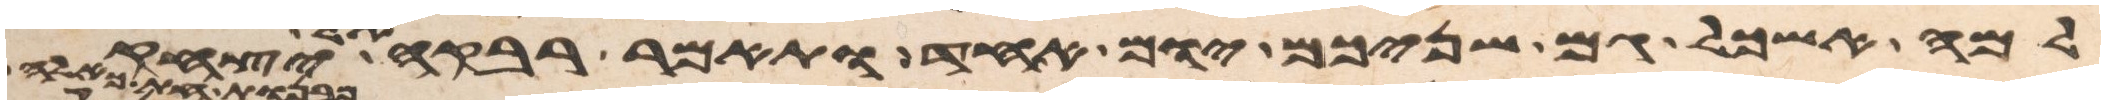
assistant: למה אשכל גם שניכם יום אחד ותאמר רבקה אל יצחק